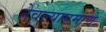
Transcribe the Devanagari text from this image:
तेवल्याप्रमाणे